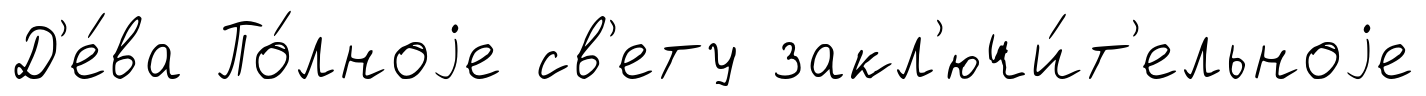
Д'е́ва По́лноjе св'ету закл'ючи́т'ельноjе